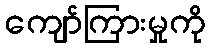
ကျော်ကြားမှုကို